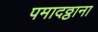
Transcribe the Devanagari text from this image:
पमादठ्ठाना